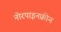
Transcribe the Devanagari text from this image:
नोरपाइनफ्रीन